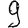
Digit: 9